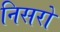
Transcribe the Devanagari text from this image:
निसरो